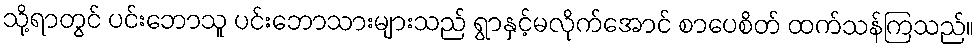
သို့ရာတွင် ပင်းဘောသူ ပင်းဘောသားများသည် ရွာနှင့်မလိုက်အောင် စာပေစိတ် ထက်သန်ကြသည်။